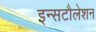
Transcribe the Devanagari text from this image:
इन्सटौलेशन